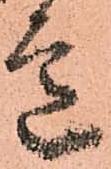
意